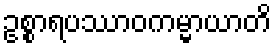
ဥစ္စာရပဿာဝကမ္မာယာတိ